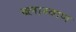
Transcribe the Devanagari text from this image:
ब्लाग्वाण